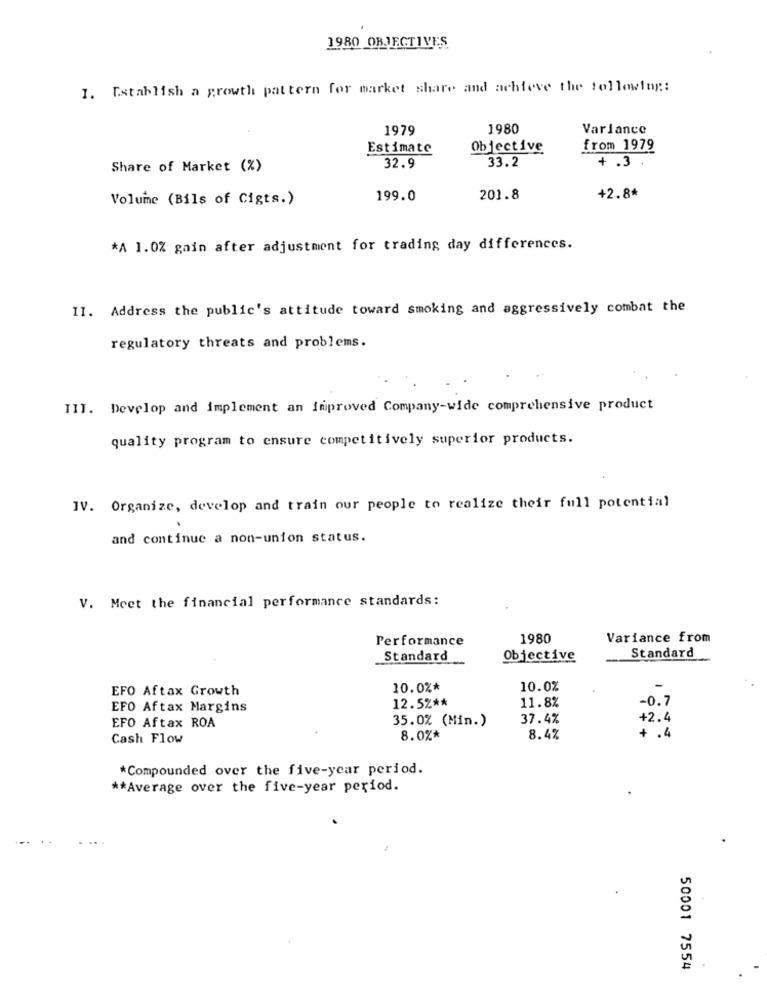
1980 OBJECTIVES
1. Establish a growth pattern for market share and achieve the following:
1979
1980
Variance
Estimate
Objective
from 1979
33.2
Share of Market (%)
32.9
+ .3
Volume (Bils of Cigts.)
199.0
201.8
+2.8*
*A 1.0% gain after adjustment for trading day differences.
II. Address the public's attitude toward smoking and aggressively combat the
regulatory threats and problems.
III. Develop and implement an improved Company-wide comprehensive product
quality program to ensure competitively superior products.
IV. Organize, develop and train our people to realize their full potential
and continue a non-union status.
V. Meet the financial performance standards:
Performance
1980
Variance from
Standard
Objective
Standard
EFO Aftax Growth
10.0%*
10.0%
12.5% **
11.8%
-0.7
EFO Aftax Margins
EFO Aftax ROA
35.0% (Min.)
37.4%
+2.4
Cash Flow
8.0%*
8.4%
+ .4
*Compounded over the five-year period.
** Average over the five-year period.
50001 7554